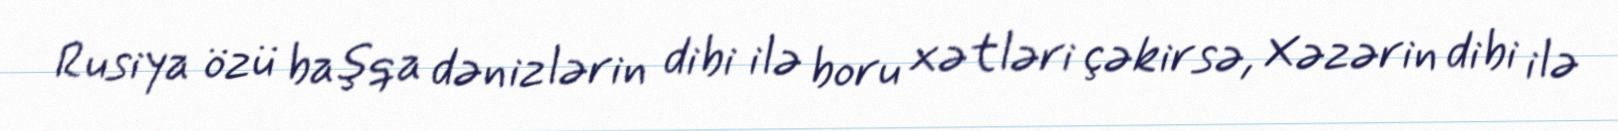
Rusiya özü başqa dənizlərin dibi ilə boru xətləri çəkirsə, Xəzərin dibi ilə